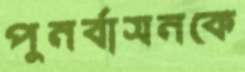
পুনর্বাসনকে